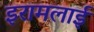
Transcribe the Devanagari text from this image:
इरामलाई